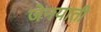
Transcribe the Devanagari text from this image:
जेनयाती